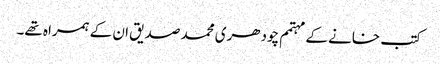
کتب خانے کے مہتمم چودھری محمد صدیق ان کے ہمراہ تھے۔